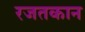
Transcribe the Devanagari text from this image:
रजतकान